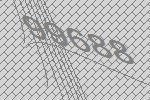
99688